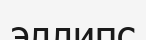
эллипс